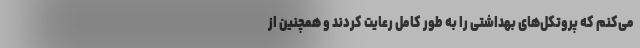
می‌کنم که پروتکل‌های بهداشتی را به طور کامل رعایت کردند و همچنین از